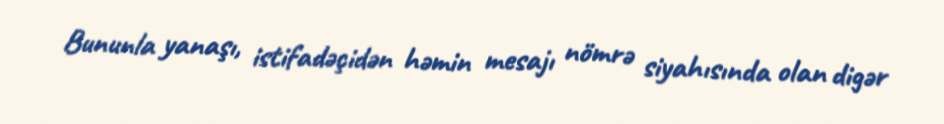
Bununla yanaşı, istifadəçidən həmin mesajı nömrə siyahısında olan digər